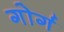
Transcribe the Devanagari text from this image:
गोर्ग